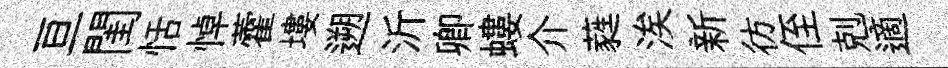
亘閨恬悼藿塿遡沂卿螻介蕤涘新彷侄剋適